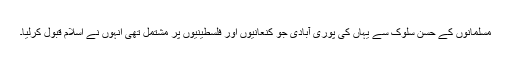
مسلمانوں کے حسن سلوک سے یہاں کی پوری آبادی جو کنعانیوں اور فلسطینیوں پر مشتمل تھی انہوں نے اسلام قبول کرلیا۔